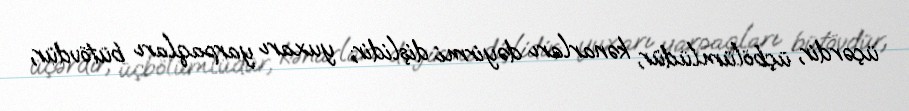
üçərdir, üçbölümlüdür, kənarları dəyirmi dişlidir; yuxarı yarpaqları bütövdür,